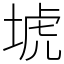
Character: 㙈